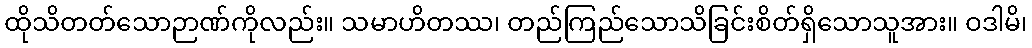
ထိုသိတတ်သောဉာဏ်ကိုလည်း။ သမာဟိတဿ၊ တည်ကြည်သောသိခြင်းစိတ်ရှိသောသူအား။ ဝဒါမိ၊